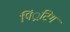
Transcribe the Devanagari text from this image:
पिं्रटिग